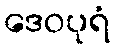
ဒေဝပုရံ